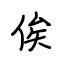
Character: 俟